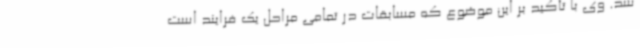
شد. وی با تأکید بر این موضوع که مسابقات در تمامی مراحل یک فرایند است